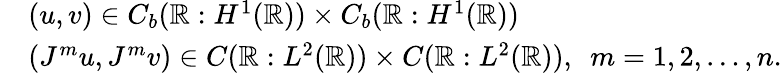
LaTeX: \begin{array}{rl}&{(u,v)\in C_{b}(\mathbb{R}:H^{1}(\mathbb{R}))\times C_{b}(\mathbb{R}:H^{1}(\mathbb{R}))}\\ &{(J^{m}u,J^{m}v)\in C(\mathbb{R}:L^{2}(\mathbb{R}))\times C(\mathbb{R}:L^{2}(\mathbb{R})),\ \ m=1,2,\ldots,n.}\end{array}